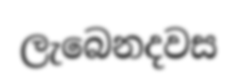
ලැබෙනදවස